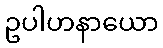
ဥပါဟနာယော